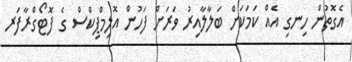
އެގޮތުން ހިނގި އެއް ކަމަކަށް ބަލާލާއިރު ވަރަށް ފަހުން އޮލިމްޕިކްސް ގެ ފޮޓޯގްރާފަރ